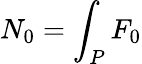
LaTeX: N_{0}=\int_{P}F_{0}